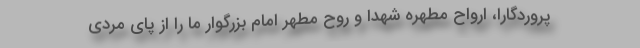
پروردگارا، ارواح مطهره شهدا و روح مطهر امام بزرگوار ما را از پای مردی